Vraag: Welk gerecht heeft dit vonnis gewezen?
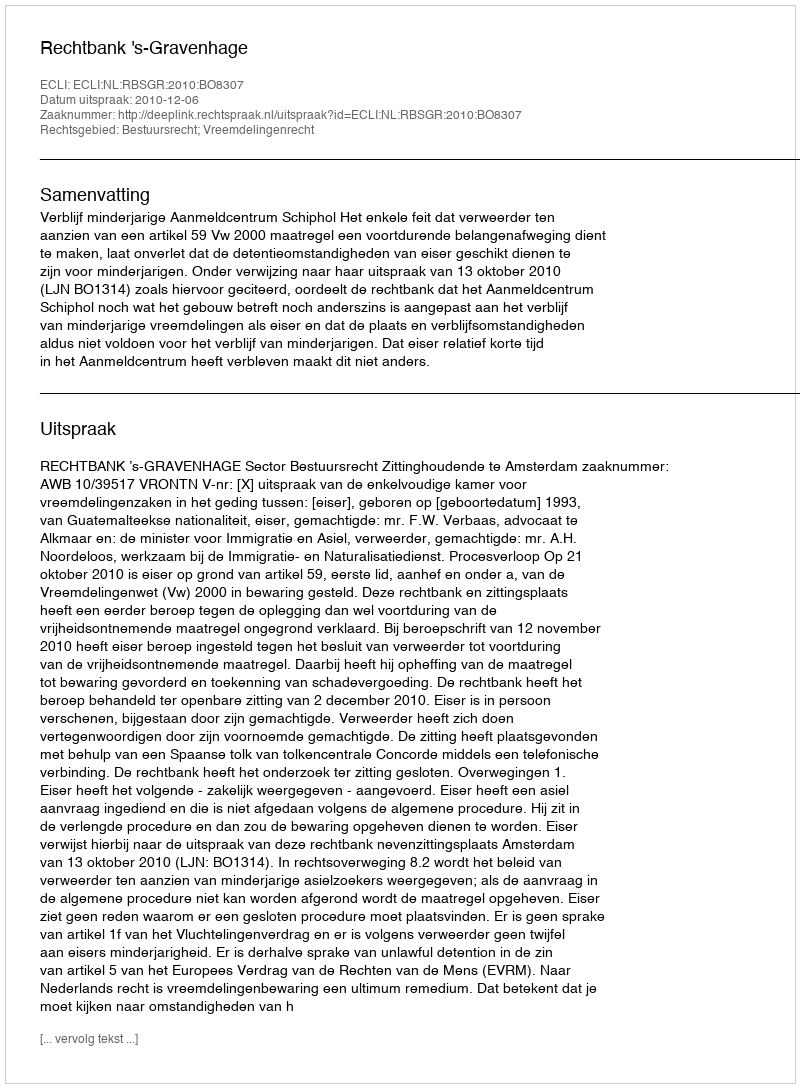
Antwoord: Rechtbank 's-Gravenhage